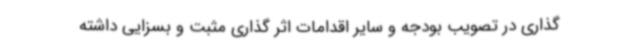
گذاری در تصویب بودجه و سایر اقدامات اثر گذاری مثبت و بسزایی داشته